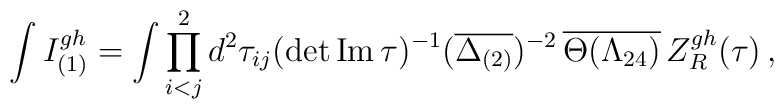
\int I^{gh}_{(1)}=\int \prod_{i<j}^{2} d^{2}\tau_{ij} (\det{{\rm Im\,}\tau})^{-1}(\overline{\Delta_{(2)}})^{-2}\,\overline{\Theta(\Lambda_{24})}\,Z_{R}^{gh}(\tau)\,,